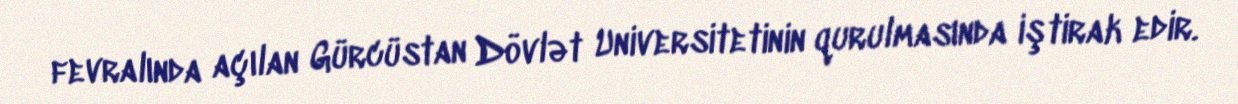
fevralında açılan Gürcüstan Dövlət Universitetinin qurulmasında iştirak edir.